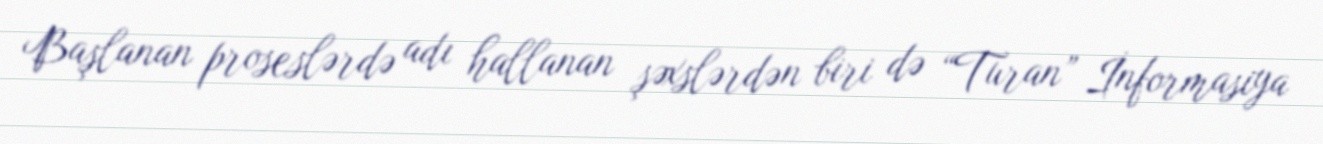
Başlanan proseslərdə adı hallanan şəxslərdən biri də “Turan” İnformasiya